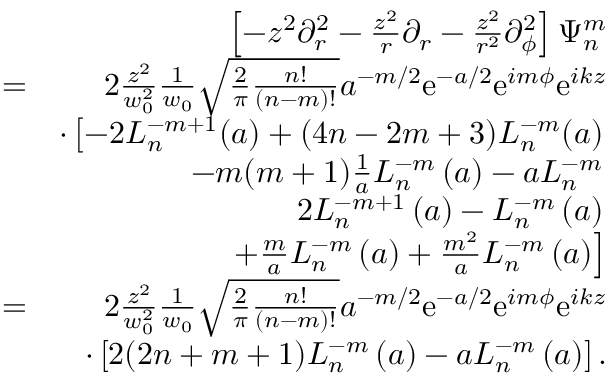
\begin{array} { r l r } & { } & { \left[ - z ^ { 2 } \partial _ { r } ^ { 2 } - \frac { z ^ { 2 } } { r } \partial _ { r } - \frac { z ^ { 2 } } { r ^ { 2 } } \partial _ { \phi } ^ { 2 } \right] \Psi _ { n } ^ { m } } \\ & { = } & { 2 \frac { z ^ { 2 } } { w _ { 0 } ^ { 2 } } \frac { 1 } { w _ { 0 } } \sqrt { \frac { 2 } { \pi } \frac { n ! } { ( n - m ) ! } } a ^ { - m / 2 } \mathrm { e } ^ { - a / 2 } \mathrm { e } ^ { i m \phi } \mathrm { e } ^ { i k z } } \\ & { } & { \cdot \left[ - 2 L _ { n } ^ { - m + 1 } ( a ) + ( 4 n - 2 m + 3 ) L _ { n } ^ { - m } ( a ) \right. } \\ & { } & { \left. - m ( m + 1 ) \frac { 1 } { a } L _ { n } ^ { - m } \left( a \right) - a L _ { n } ^ { - m } \right. } \\ & { } & { \left. 2 L _ { n } ^ { - m + 1 } \left( a \right) - L _ { n } ^ { - m } \left( a \right) \right. } \\ & { } & { \left. + \frac { m } { a } L _ { n } ^ { - m } \left( a \right) + \frac { m ^ { 2 } } { a } L _ { n } ^ { - m } \left( a \right) \right] } \\ & { = } & { 2 \frac { z ^ { 2 } } { w _ { 0 } ^ { 2 } } \frac { 1 } { w _ { 0 } } \sqrt { \frac { 2 } { \pi } \frac { n ! } { ( n - m ) ! } } a ^ { - m / 2 } \mathrm { e } ^ { - a / 2 } \mathrm { e } ^ { i m \phi } \mathrm { e } ^ { i k z } } \\ & { } & { \cdot \left[ 2 ( 2 n + m + 1 ) L _ { n } ^ { - m } \left( a \right) - a L _ { n } ^ { - m } \left( a \right) \right] . } \end{array}